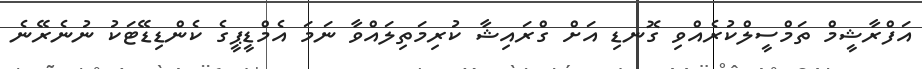
އަފްރާޝީމް ތަމްސީލްކުރެއްވި ގޮނޑި އަށް ގްރައިޝާ ކުރިމަތިލައްވާ ނަމަ އެމްޑީޕީގެ ކެންޑިޑޭޓަކު ނުނެރޭނެ